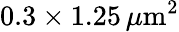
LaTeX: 0.3\times 1.25\, \mu\mathrm{m}^{2}